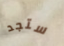
ستجد